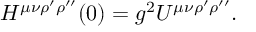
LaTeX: H ^ { \mu \nu \rho ^ { \prime } \rho ^ { \prime \prime } } ( 0 ) = g ^ { 2 } U ^ { \mu \nu \rho ^ { \prime } \rho ^ { \prime \prime } } .